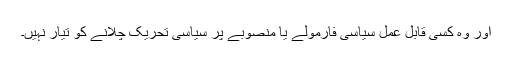
اور وہ کسی قابل عمل سیاسی فارمولے یا منصوبے پر سیاسی تحریک چلانے کو تیار نہیں۔